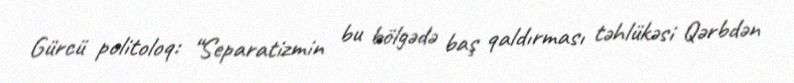
Gürcü politoloq: “Separatizmin bu bölgədə baş qaldırması təhlükəsi Qərbdən